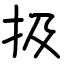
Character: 扱